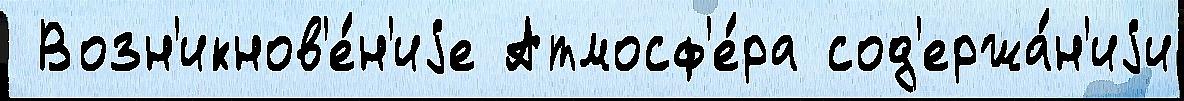
 Возн'икнов'е́н'иjе Атмосф'е́ра сод'ержа́н'иjи